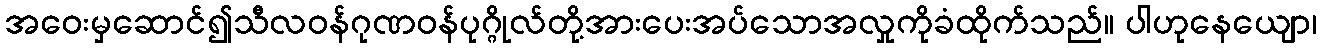
အဝေးမှဆောင်၍သီလဝန်ဂုဏဝန်ပုဂ္ဂိုလ်တို့အားပေးအပ်သောအလှုကိုခံထိုက်သည်။ ပါဟုနေယျော၊